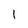
Character: I